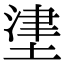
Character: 堻